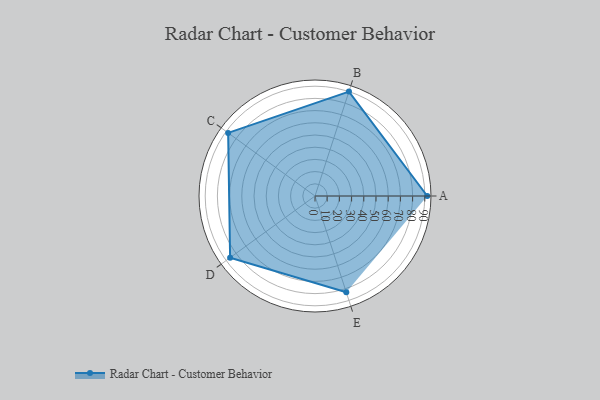
{"axis": {"x": "Skill", "y": "Score"}, "legend": ["Profile"], "data": [{"x": "A", "y": 92.0, "type": "Profile"}, {"x": "B", "y": 90.0, "type": "Profile"}, {"x": "C", "y": 88.0, "type": "Profile"}, {"x": "D", "y": 86.0, "type": "Profile"}, {"x": "E", "y": 83.0, "type": "Profile"}]}